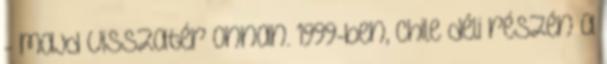
- majd visszatér onnan. 1999-ben, Chile déli részén a